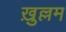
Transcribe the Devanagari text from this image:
ख़ुल्लम